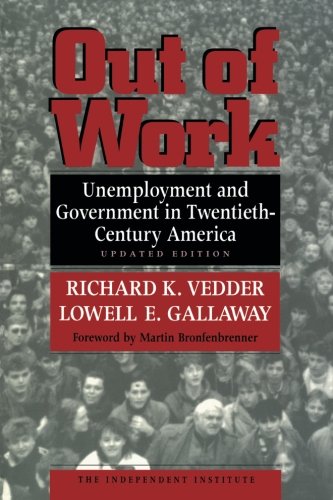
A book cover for Out of Work: Unemployment and Government in Twentieth-Century America (Independent Institute Book); Richard K Vedder; Business & Money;